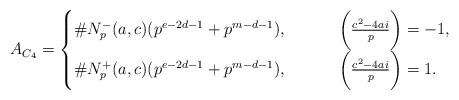
LaTeX: \begin{align*}A_{C_{4}}=\begin{cases}\#N_{p}^{-}(a,c) (p^{e-2d-1}+p^{m-d-1}),&\qquad\ \biggl(\frac{c^{2}-4ai}{p}\biggr)=-1,\\\#N_{p}^{+}(a,c) (p^{e-2d-1}+p^{m-d-1}),&\qquad\ \biggl(\frac{c^{2}-4ai}{p}\biggr)=1.\end{cases}\end{align*}